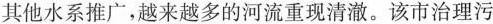
其他水系推广，越来越多的河流重现清澈。该市治理污染